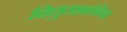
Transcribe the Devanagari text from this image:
विद्युतशक्तीचा